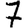
Digit: 7